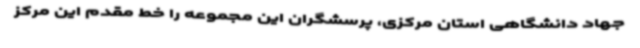
جهاد دانشگاهی استان مرکزی، پرسشگران این مجموعه را خط مقدم این مرکز